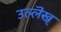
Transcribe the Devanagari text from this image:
उल्लॆख्